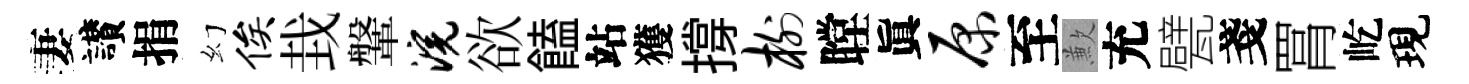
妻讃捐幻俟㘽鞶浣欲饁站獲撐榭瞠眞原至歉充甓戔罥屹現